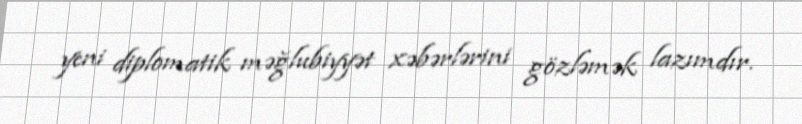
yeni diplomatik məğlubiyyət xəbərlərini gözləmək lazımdır.